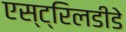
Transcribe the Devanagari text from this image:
एस्ट्रिलडीडे